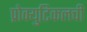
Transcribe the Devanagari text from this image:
प्रोक्युटिकलची